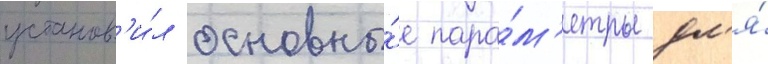
установ'и́л основны́е пара́м'етры дл'я́